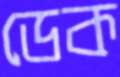
ডেক